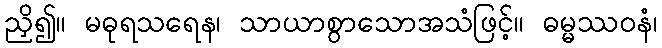
ညှိ၍။ မဓုရသရေန၊ သာယာစွာသောအသံဖြင့်။ ဓမ္မဿဝနံ၊